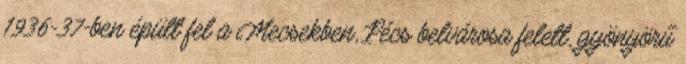
1936-37-ben épült fel a Mecsekben, Pécs belvárosa felett, gyönyörű